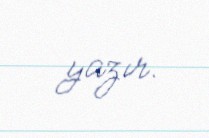
yazır.